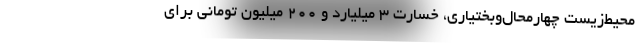
محيط‌زيست چهارمحال‌وبختياري، خسارت 3 ميليارد و 200 ميليون توماني براي